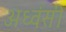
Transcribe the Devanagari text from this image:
अध्वंसी